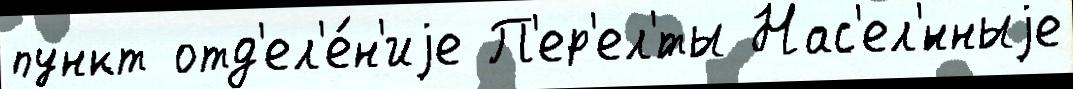
пункт отд'ел'е́н'иjе П'ер'ел'́ты Нас'ел'́нныjе